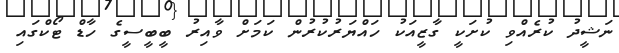
ނަޝީދު ކުރެއްވި ކުށަކީ ގާޒީއަކު ހައްޔަރުކުރުން ކަމަށް ވާއިރު ބީބީސީގެ ހާޑް ޓޯކްގައި